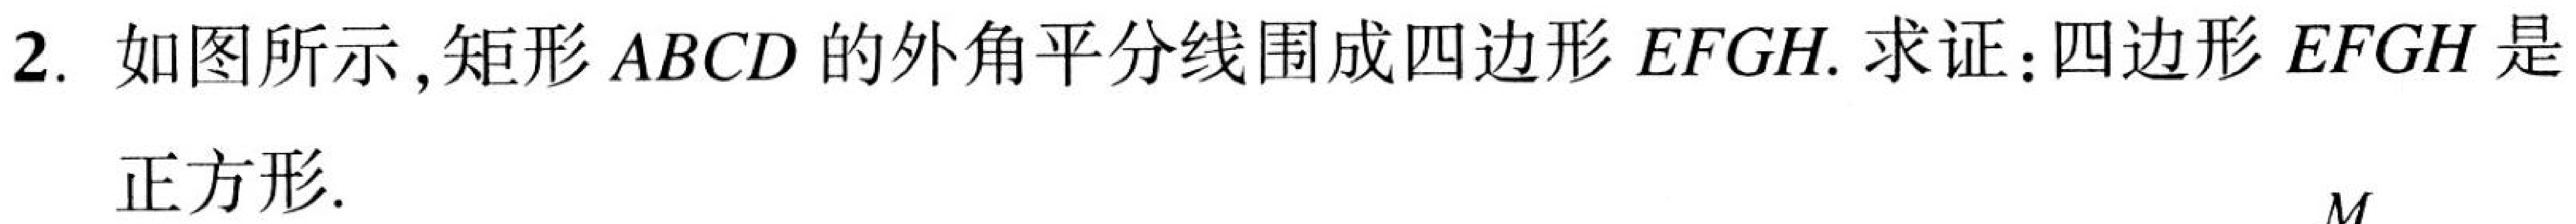
2. 如图所示,矩形$ABCD$的外角平分线围成四边形$EFGH$. 求证:四边形$EFGH$是正方形.